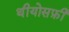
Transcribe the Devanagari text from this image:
थीयोसफ़ी